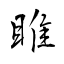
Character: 雎